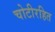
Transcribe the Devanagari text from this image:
चोटीरहित